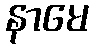
နာမေ